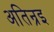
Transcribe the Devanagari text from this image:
अतिन्रइ